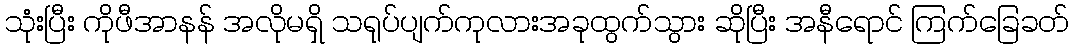
သုံးပြီး ကိုဖီအာနန် အလိုမရှိ သရုပ်ပျက်ကုလားအခုထွက်သွား ဆိုပြီး အနီရောင် ကြက်ခြေခတ်